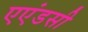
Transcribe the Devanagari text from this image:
एएंडसी